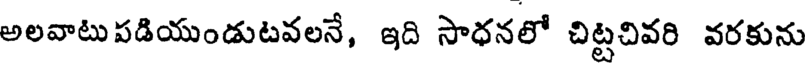
అలవాటు పడియుండుటవలనే, ఇది సాధనలో చిట్టచివరి వరకును